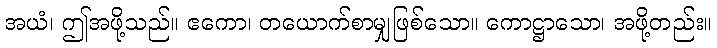
အယံ၊ ဤအဖို့သည်။ ဧကော၊ တယောက်စာမျှဖြစ်သော။ ကောဋ္ဌာသော၊ အဖို့တည်း။